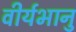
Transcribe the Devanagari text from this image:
वीर्यभानु